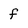
Character: f